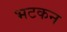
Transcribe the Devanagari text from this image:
भटकन